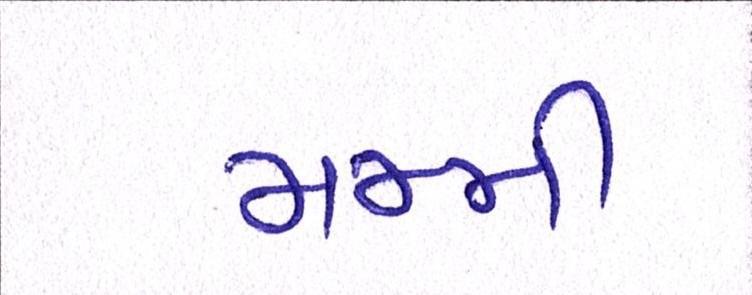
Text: મમ્મી